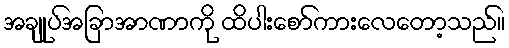
အချုပ်အခြာအာဏာကို ထိပါးစော်ကားလေတော့သည်။